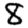
Digit: 8